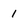
Character: 1